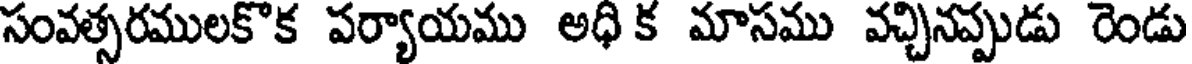
సంవత్సరములకొక పర్యాయము అధి క మాసము వచ్చినప్పుడు రెండు